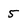
Character: 5